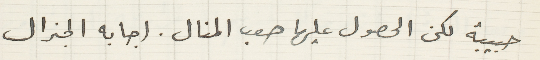
حبيبة لكن الحصول عليها صعب المنال. اجابه الجنرال